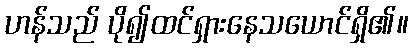
ဟန်သည် ပို၍ထင်ရှားနေသယောင်ရှိ၏။